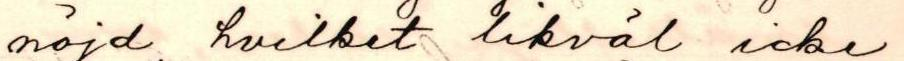
nöjd hvilket likväl icke